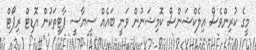
މީގެ ކުރިންވެސް އިލެކްޝަންސް ކޮމިޝަނުން ވަނީ ބައެއް ސިޔާސީ ޕާޓީތަކުން އޮޑިޓް ރިޕޯޓް